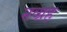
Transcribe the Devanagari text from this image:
नव्ग्रह